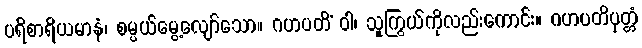
ပရိစာရိယမာနံ၊ စမ္ပယ်မွေ့လျော်သော။ ဂဟပတိံ ဝါ၊ သူကြွယ်ကိုလည်းကောင်း။ ဂဟပတိပုတ္တံ